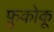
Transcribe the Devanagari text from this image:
फ़ुकोकू